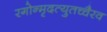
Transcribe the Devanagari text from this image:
रगोन्मृदत्युतच्चैरव